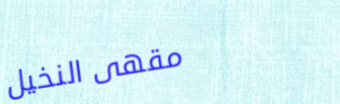
مقهى النخيل